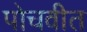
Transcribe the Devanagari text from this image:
पोचवीत